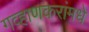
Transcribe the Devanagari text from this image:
गव्हाणकरांमधे